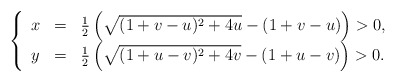
\begin{align*}\left\{ \begin{array}{lll}x &=& \frac{1}{2}\left(\sqrt{(1+v-u)^2 + 4u}-(1+v-u)\right)>0,\\y & =& \frac{1}{2}\left(\sqrt{(1+u-v)^2 + 4v}-(1+u-v)\right)>0.\end{array} \right.\end{align*}